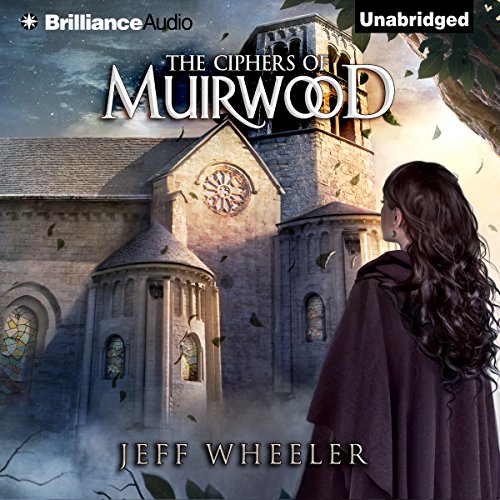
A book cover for The Ciphers of Muirwood: Covenant of Muirwood, Book 2; Jeff Wheeler; Romance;